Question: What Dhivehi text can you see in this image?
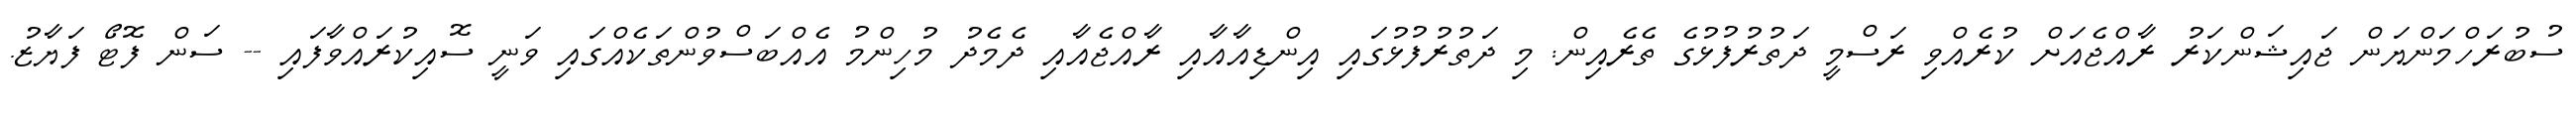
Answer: ސުބުރަހްމަންޔަން ޖައިޝަންކަރު ރާއްޖެއަށް ކުރެއްވި ރަސްމީ ދަތުރުފުޅުގެ ތެރެއިން: މި ދަތުރުފުޅުގައި އިންޑިއާއާއި ރާއްޖެއާއި ދެމެދު މުހިންމު އެއްބަސްވުންތަކެއްގައި ވަނީ ސޮއިކުރައްވާފައި -- ސަން ފޮޓޯ ފަޔާޒު.